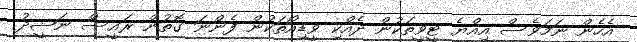
އެހެން ނަމަވެސް އިއްޔެ ޓީވީތަކުން ދެއްކި ވީޑިއޯތަކުން ފެންނަަ ގޮތުން ރައީސް ނަޝީދު